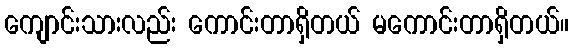
ကျောင်းသားလည်း ကောင်းတာရှိတယ် မကောင်းတာရှိတယ်။